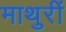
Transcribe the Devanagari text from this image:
माथुरीं